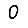
Digit: 0